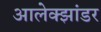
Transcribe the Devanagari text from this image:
आलेक्झांडर